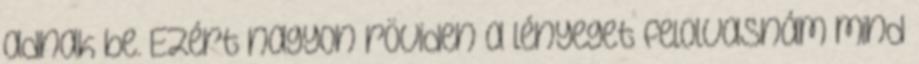
adnak be. Ezért nagyon röviden a lényeget felolvasnám mind